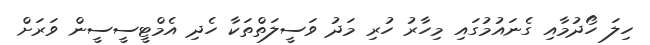
ހިލަ ހޯދުމާއި ގެނައުމުގައި މިހާރު ހުރި މަދު ވަސީލަތްތަކާ ހެދި އެމްޓީސީސީން ވަރަށް